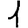
Digit: 1